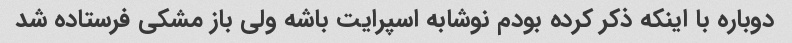
دوباره با اینکه ذکر کرده بودم نوشابه اسپرایت باشه ولی باز مشکی فرستاده شد